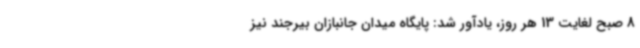
8 صبح لغایت 13 هر روز، یادآور شد: پایگاه میدان جانبازان بیرجند نیز